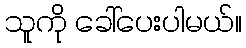
သူကို ခေါ်ပေးပါမယ်။